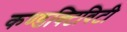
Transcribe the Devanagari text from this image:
कण्डक्टिविटी